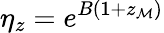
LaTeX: \eta_{z}=e^{B(1+z_{\mathcal{M}})}